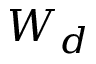
W _ { d }